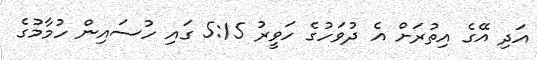
އަދި އޭގެ އިތުރަށް އެ ދުވަހުގެ ހަވީރު 5:15 ގައި ހުސައިން ހުމާމުގެ